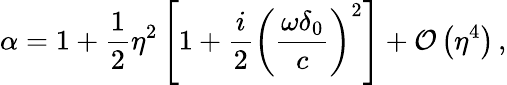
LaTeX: \alpha=1+\frac{1}{2}\eta^{2}\left[1+\frac{i}{2}\left(\frac{\omega\delta_{0}}{c}\right)^{2}\right]+\mathcal{O}\left(\eta^{4}\right)\, ,